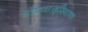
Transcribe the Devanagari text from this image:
घोषणा।हरियाणा